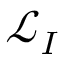
\mathscr { L } _ { I }